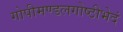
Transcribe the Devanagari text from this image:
गोपीमण्डलगोष्ठीभेदं